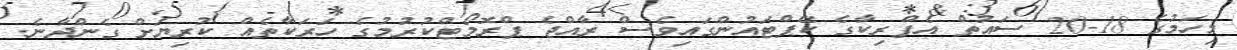
މިހަމުގެ 18-20 ސައުތް އެފްރިކާގެ ކޭޕްޓައުންގައިވެސް ރާއްޖެ ޕްރޮމޯޓްކުރުމުގެ ހަރަކާތެއް ކުރިޔަށް ގެންދާނެ.